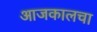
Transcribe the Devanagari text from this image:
आजकालचा